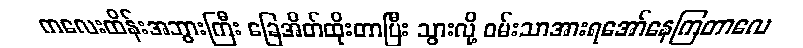
ကလေးထိန်းအဘွားကြီး ခြေအိတ်ထိုးတာပြီး သွားလို့ ဝမ်းသာအားရအော်နေကြတာလေ